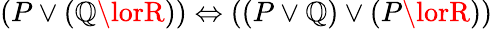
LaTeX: (P\lor(\mathbb{Q}\lorR))\Leftrightarrow((P\lor\mathbb{Q})\lor(P\lorR))